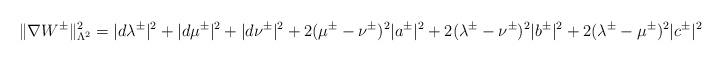
LaTeX: \begin{align*}\Vert\nabla W^{\pm}\Vert^{2}_{\Lambda^{2}} = |d\lambda^{\pm}|^{2}+|d\mu^{\pm}|^{2}+|d\nu^{\pm}|^{2} +2(\mu^{\pm}-\nu^{\pm})^{2}|a^{\pm}|^{2}+2(\lambda^{\pm}-\nu^{\pm})^{2}|b^{\pm}|^{2}+ 2(\lambda^{\pm}-\mu^{\pm})^{2}|c^{\pm}|^{2}\end{align*}